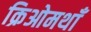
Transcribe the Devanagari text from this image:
क्रिओमथाँ